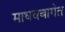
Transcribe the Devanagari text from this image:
माधवबागेत